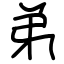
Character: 弟